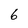
Character: 6